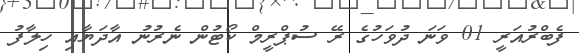
ފެބްރުއަރީ 01 ވަނަ ދުވަހުގެ ރޭ ސުޕްރީމް ކޯޓުން ނެރުނު އާދަޔާއި ހިލާފު